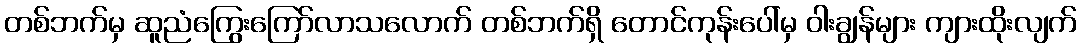
တစ်ဘက်မှ ဆူညံကြွေးကြော်လာသလောက် တစ်ဘက်ရှိ တောင်ကုန်းပေါ်မှ ဝါးချွန်များ ကျားထိုးလျက်